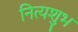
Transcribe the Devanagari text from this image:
नित्यशुभ